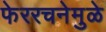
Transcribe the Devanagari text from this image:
फेररचनेमुळे